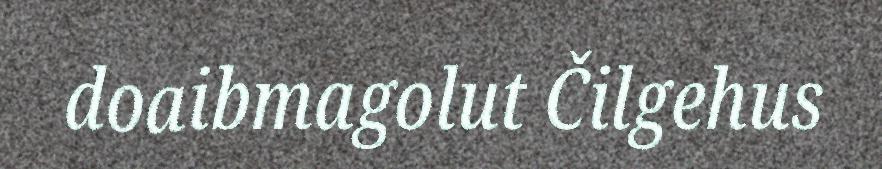
doaibmagolut Čilgehus